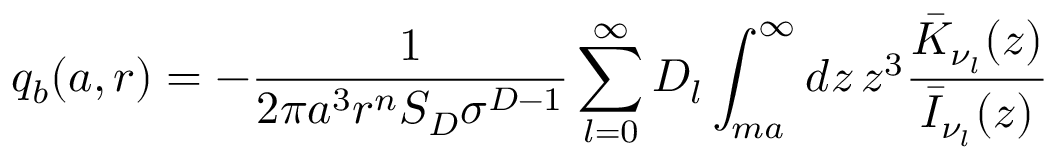
q _ { b } ( a , r ) = - \frac { 1 } { 2 \pi a ^ { 3 } r ^ { n } S _ { D } \sigma ^ { D - 1 } } \sum _ { l = 0 } ^ { \infty } D _ { l } \int _ { m a } ^ { \infty } d z \, z ^ { 3 } \frac { \bar { K } _ { \nu _ { l } } ( z ) } { \bar { I } _ { \nu _ { l } } ( z ) }